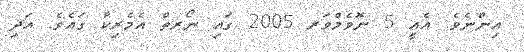
އިންނެވެ. އެއީ 5 ނޮވެމްވަރ 2005 ގައި ނޯރތް އެމެރިކާ ގައެވެ. އަދި